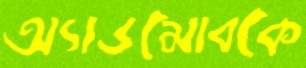
অ্যাডমোবকে